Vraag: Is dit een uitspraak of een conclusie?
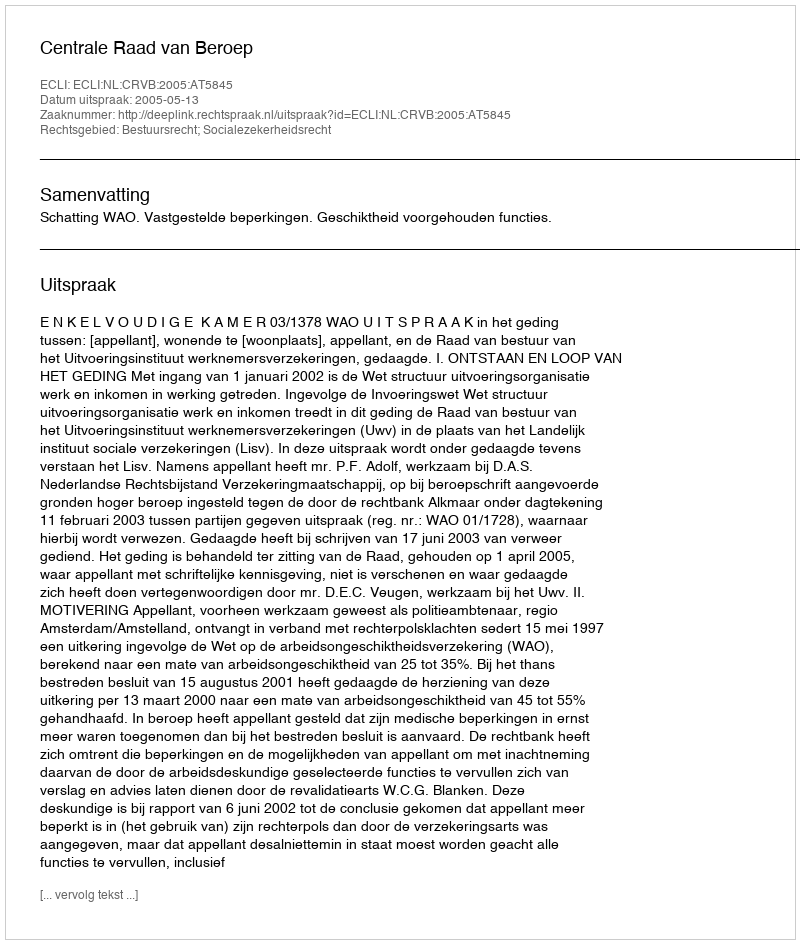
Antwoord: Uitspraak